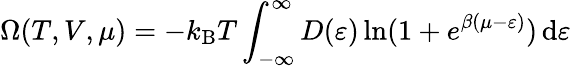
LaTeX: \Omega(T,V,\mu)=-k_{\mathrm{{B}}}T\int_{-\infty}^{\infty}D(\varepsilon)\ln(1+e^{\beta(\mu-\varepsilon)})\, \mathrm{d}\varepsilon